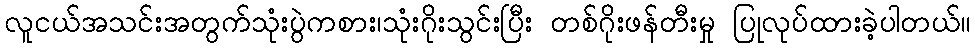
လူငယ်အသင်းအတွက်သုံးပွဲကစား၊သုံးဂိုးသွင်းပြီး တစ်ဂိုးဖန်တီးမှု ပြုလုပ်ထားခဲ့ပါတယ်။